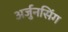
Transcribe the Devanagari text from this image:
अर्जुनसिंग